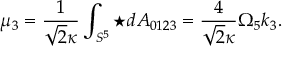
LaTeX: \mu _ { 3 } = \frac { 1 } { \sqrt { 2 } \kappa } \int _ { S ^ { 5 } } \star d A _ { 0 1 2 3 } = \frac { 4 } { \sqrt { 2 } \kappa } \Omega _ { 5 } k _ { 3 } .